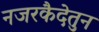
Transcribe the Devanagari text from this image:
नजरकैदेतुन